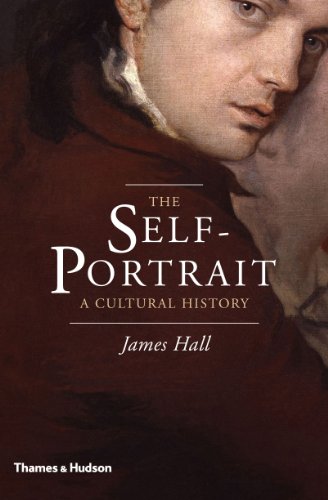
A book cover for The Self-Portrait: A Cultural History; James Hall; Arts & Photography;